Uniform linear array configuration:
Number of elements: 24
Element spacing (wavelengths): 0.75
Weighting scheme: kaiser
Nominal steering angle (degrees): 45
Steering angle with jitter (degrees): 43.176
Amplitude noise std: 0.05
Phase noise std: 0.05

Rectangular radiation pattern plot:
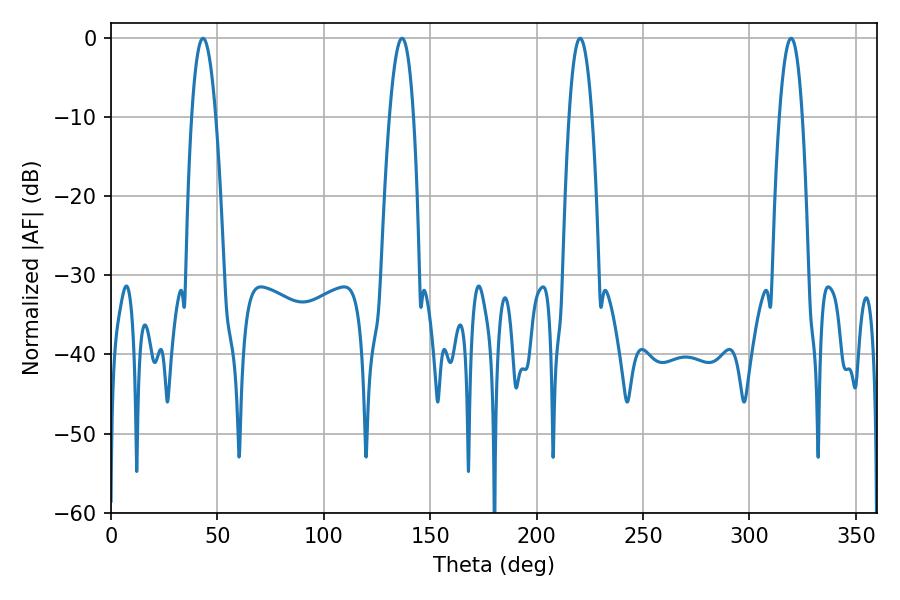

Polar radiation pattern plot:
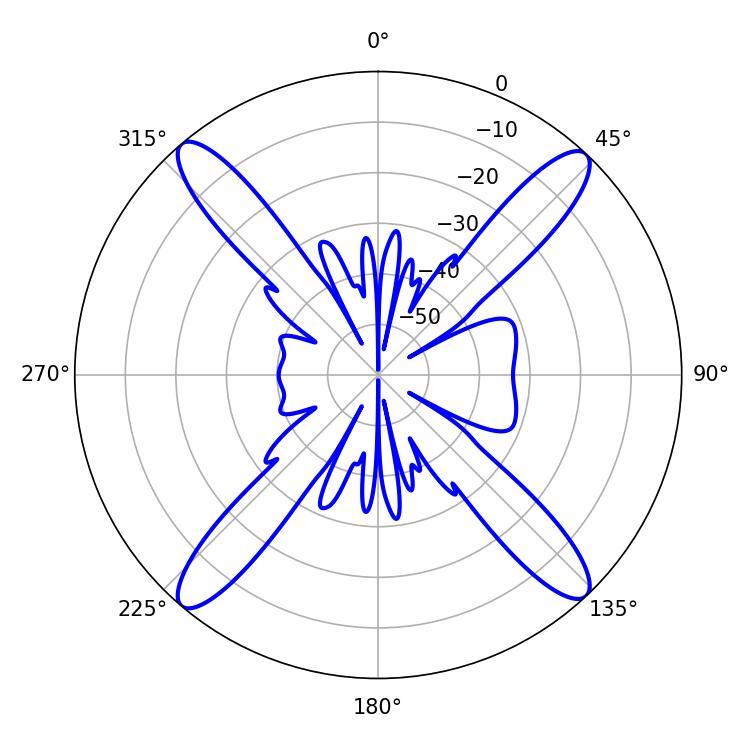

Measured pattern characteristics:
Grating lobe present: TRUE
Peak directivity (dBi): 20.964
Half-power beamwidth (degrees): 6.3
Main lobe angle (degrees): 43.2